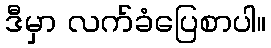
ဒီမှာ လက်ခံပြေစာပါ။